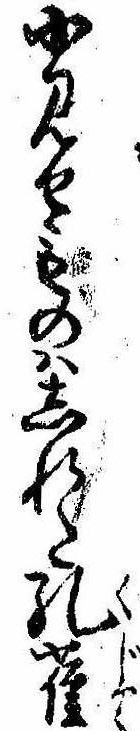
小見せものはしれた孔雀